Civil Veterinary Department Bengal reports 1923-33 - 1923-1933
Year: 1923
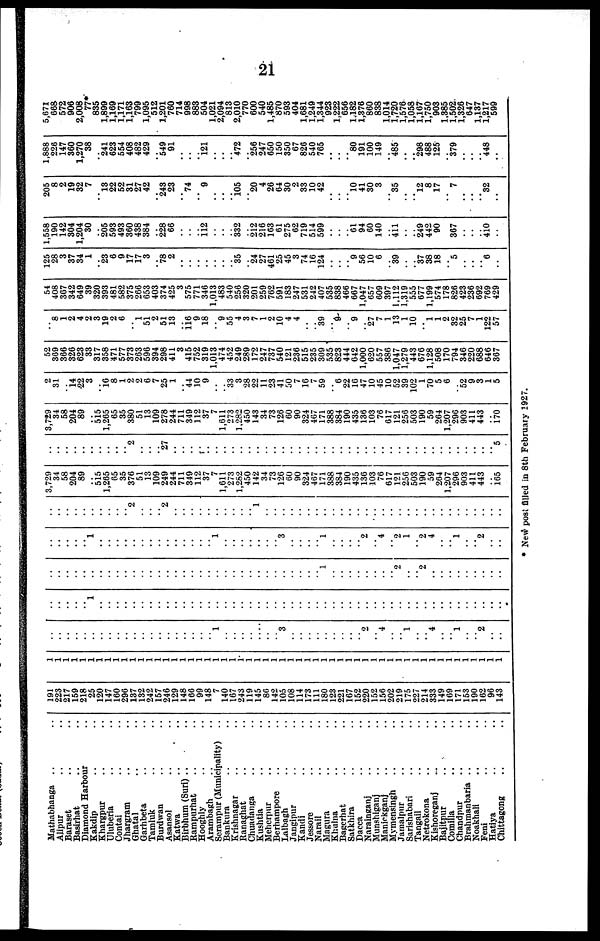
21
Mathabhanga .. ..
Alipur .. ..
Baraset .. ..
Basirhat .. ..
Diamond Harbour ..
Kakdip .. ..
Khargpur .. ..
Uluberia .. ..
Contai .. ..
Jhargram .. ..
Ghatal .. ..
Garhbeta .. ..
Tamulk .. ..
Burdwan .. ..
Asansol .. ..
Katwa .. ..
Birbhum (Suri) .. ..
Rampurhat .. ..
Hooghly .. ..
Arambagh .. ..
Serampur (Munieipality) ..
Bankura .. ..
Krishnagar .. ..
Ranaghat .. ..
Chuadanga .. ..
Kushtia .. ..
Meherpur .. ..
Berhampore .. ..
Lalbagh .. ..
Jangipur .. ..
Kandi .. ..
Jessore .. ..
Narail .. ..
Magura .. ..
Khulna .. ..
Bagerhat .. ..
Satkhira .. ..
Dacca
Narainganj .. ..
Munshiganj .. ..
Maniekganj .. ..
Mymensingh .. ..
Jamalpur .. ..
Sarishabari .. ..
Tangail .. ..
Netrokona .. ..
Kishoreganj .. ..
Bajitpur .. ..
Comilla .. ..
Chandpur .. ..
Brahmanbaria .. ..
Noakhali .. ..
Feni .. ..
Hatiya .. ..
Chittagong .. ..
191
223
217
159
218
25
120
147
160
296
137
132
242
157
246
129
148
166
99
148
7
140
167
243
119
145
86
142
105
108
114
173
111
180
123
221
167
152
220
152
156
202
219
175
227
214
333
149
169
171
153
190
162
96
143
1
1
1
1
1
1
1
1
1
1
1
1
1
1
1
1
1
1
1
1
1
1
1
1
1
1
1
1
1
1
1
1
1
1
1
1
1
1
1
1
1
1
1
1
1
1
1
1
1
1
1
1
1
1
1
..
..
..
..
..
..
..
..
..
..
..
..
..
..
..
..
..
..
..
.. 1
..
..
..
..
..
..
.. 3
..
..
..
..
..
..
..
..
.. 2
.. 4
..
.. 1
..
.. 4
..
.. 1
..
.. 2
..
..
..
..
..
..
.. 1
..
..
..
..
..
..
..
..
..
..
..
..
..
..
..
..
..
..
..
..
..
..
..
..
..
..
..
..
..
..
..
..
..
..
..
..
..
..
..
..
..
..
..
..
..
..
..
..
..
..
..
..
..
..
..
..
..
..
..
..
..
..
..
..
..
..
..
..
..
..
..
..
..
..
..
..
..
..
..
..
..
.. 1
..
..
..
..
..
..
..
.. 2
..
.. 2
..
..
..
..
..
..
..
..
..
..
..
..
..
.. 1
..
..
..
..
..
..
..
..
..
..
..
..
..
.. 1
..
..
..
..
..
..
.. 3
..
..
..
.. 1
..
..
..
.. 2
.. 4
.. 2
1
.. 2
4
..
.. 1
..
.. 2
..
..
..
..
..
..
..
..
..
..
..
.. 2
..
..
.. 2
..
..
..
..
..
..
..
..
..
.. 1
..
..
..
..
..
..
..
..
..
..
..
..
..
..
..
..
..
..
..
..
..
..
..
..
..
..
..
..
..
3,729
34
58
204
89
.. 515
1,265
65
35
376
51
13
109
249
244
711
349
112
37
7
1,611
273
1,282
450
142
34
73
126
60
90
324
467
171
388
384
190
435
136
103
76
617
121
256
503
190
59
264
1,207
296
903
411
443
.. 165
..
..
..
..
..
..
..
..
..
.. 2
..
..
.. 27
..
..
..
.. ..
..
..
..
..
..
..
..
..
..
..
..
..
..
..
..
..
..
..
..
..
..
..
..
..
..
..
..
..
..
..
..
..
..
.. 5
3,729
34
58
204
89
.. 515
1,265
65
35
380
51
13
109
278
244
711
349
112
37
7
1,611
273
1,282
450
143
34
73
126
60
90
324
467
171
388
384
190
435
136
103
76
617
121
256
503
190
59
264
1,207
296
903
411
443
170
2
31
.. 14
22
3
.. 16
8
1
2
2
6
7
25
1
.. 44
10
9
..
.. 33
3
28
22
11
23
41
50
7
16
7
59
.. 6
22
16
47
10
45
10
52
39
102
1
70
5
6
.. 52
9
3
1
5
52
369
366
326
623
33
317
358
471
577
373
263
596
394
298
411
3
415
752
319
1,013
474
452
249
289
172
247
737
540
121
236
515
235
309
535
823
444
642
1,000
620
557
386
1,047
1,279
443
676
1,128
508
170
794
346
220
688
646
367
..
8
1
2
4
2
3
19
2
6
.. 1
51
2
51
13
.. 116 9
18
.. 9
55
4
3
7
1
2
10
4
4
..
.. 39
.. 9
.. 9
.. 27
7
1
13
1
10
.. 1
1
2
32
25
7
1
122
57
54
408
367
342
649
39
320
393
481
582
375
266
653
403
374
425
3
575
771
346
1,013
483
540
256
320
201
259
762
591
183
247
531
242
407
535
838
466
667
1,047
657
609
397
1,112
1,319
555
677
1,199
574
178
826
423
236
692
769
429
125
28
3
37
34
1
.. 23
6
9
17
17
3
.. 78
2
..
..
..
..
..
..
.. 35
.. 24
27
461
25
45
3
74
16
124
..
..
.. 9
56
10
6
.. 39
..
.. 37
38
18
.. 5
..
..
.. 6
..
1,558
190
142
304
1,204
30
.. 205
593
493
360
438
384
.. 228
66
..
..
.. ii2
..
..
.. 332
.. 212
216
103
61
275
62
719
514
599
..
..
.. 61
94
60
140
.. 411
..
.. 249
442
90
.. 367
..
..
.. 410
..
205
8
2
19
32
7
.. l3
22
52
31
27
42
.. 243
23
.. 74
9
..
105
.. 20
4
26
64
30
2
33
10
42
..
..
.. l0
41
30
3
.. 35
..
.. l2
8
17
..
7
..
..
.. 32
..
1,888
226
147
360
1,270
38
.. 241
623
554
408
482
429
.. 549
91
..
..
.. 121
..
..
.. 472
.. 256
247
650
150
350
67
826
540
765
..
..
.. 80
191
100
149
.. 485
..
.. 298
488
125
.. 379
..
..
.. 448
..
5,671
668
572
906
2,008
77*
835
1,899
1,169
1,171
1,163
799
1,095
512
1,201
760
714
998
883
504
1,021
2,094
813
2,010
770
600
540
1,485
870
593
404
1,681
1,249
1,344
923
1.222
656
1,182
1,376
860
838
1,014
1,720
1,576
1,058
1,167
1,750
903
1,385
1,502
1,326
647
1,137
1,217
599
* New post filled in 8th February 1927.